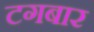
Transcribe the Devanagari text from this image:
टगबार